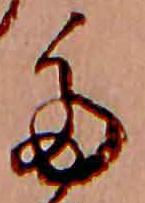
多